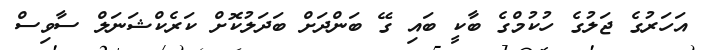
އަހަރުގެ ޖަލުގެ ހުކުމްގެ ބާކީ ބައި ގޭ ބަންދަށް ބަދަލުކޮށް ކަރެކްޝަނަލް ސާވިސް